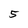
Character: 5